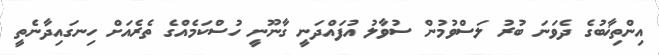
އިންތިޚާބުގެ ދެވަނަ ބުރު ލަސްވުމުން ސުވާލު އުފައްދަނީ ގާނޫނީ ހުސްކަމެއްގެ ތެރެއަށް ހިނގައިދާނެތީ